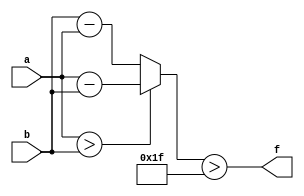
module wce_mit(a, b, f);
parameter _bit = 8;
parameter wce = 31;
input [_bit - 1: 0] a;
input [_bit - 1: 0] b;
output f;
wire [_bit - 1: 0] diff;
assign diff = (a > b)? (a - b): (b - a);
assign f = (diff > wce);
endmodule